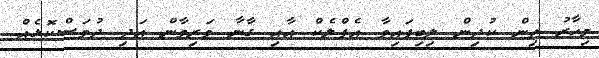
މިހާރު ތިން ކުދިން ލިބިފައިވާ އެފްލެކް އާއި ގާނާ ވަރިވާން އަދި ދުވަސްކޮޅެއް